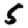
Digit: 5